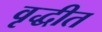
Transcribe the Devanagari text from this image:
वृद्धीत